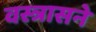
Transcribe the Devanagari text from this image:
वस्त्रासने